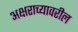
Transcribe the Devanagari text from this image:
अक्षराच्यावरील